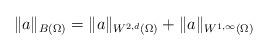
LaTeX: \begin{align*}\|a\|_{B(\Omega)} = \|a\|_{W^{2,d}(\Omega)} + \|a\|_{W^{1,\infty}(\Omega)}\end{align*}